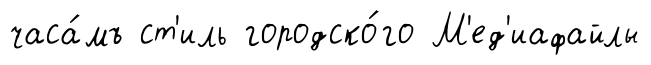
часа́мъ ст'иль городско́го М'ед'иафайлы